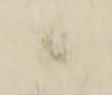
候